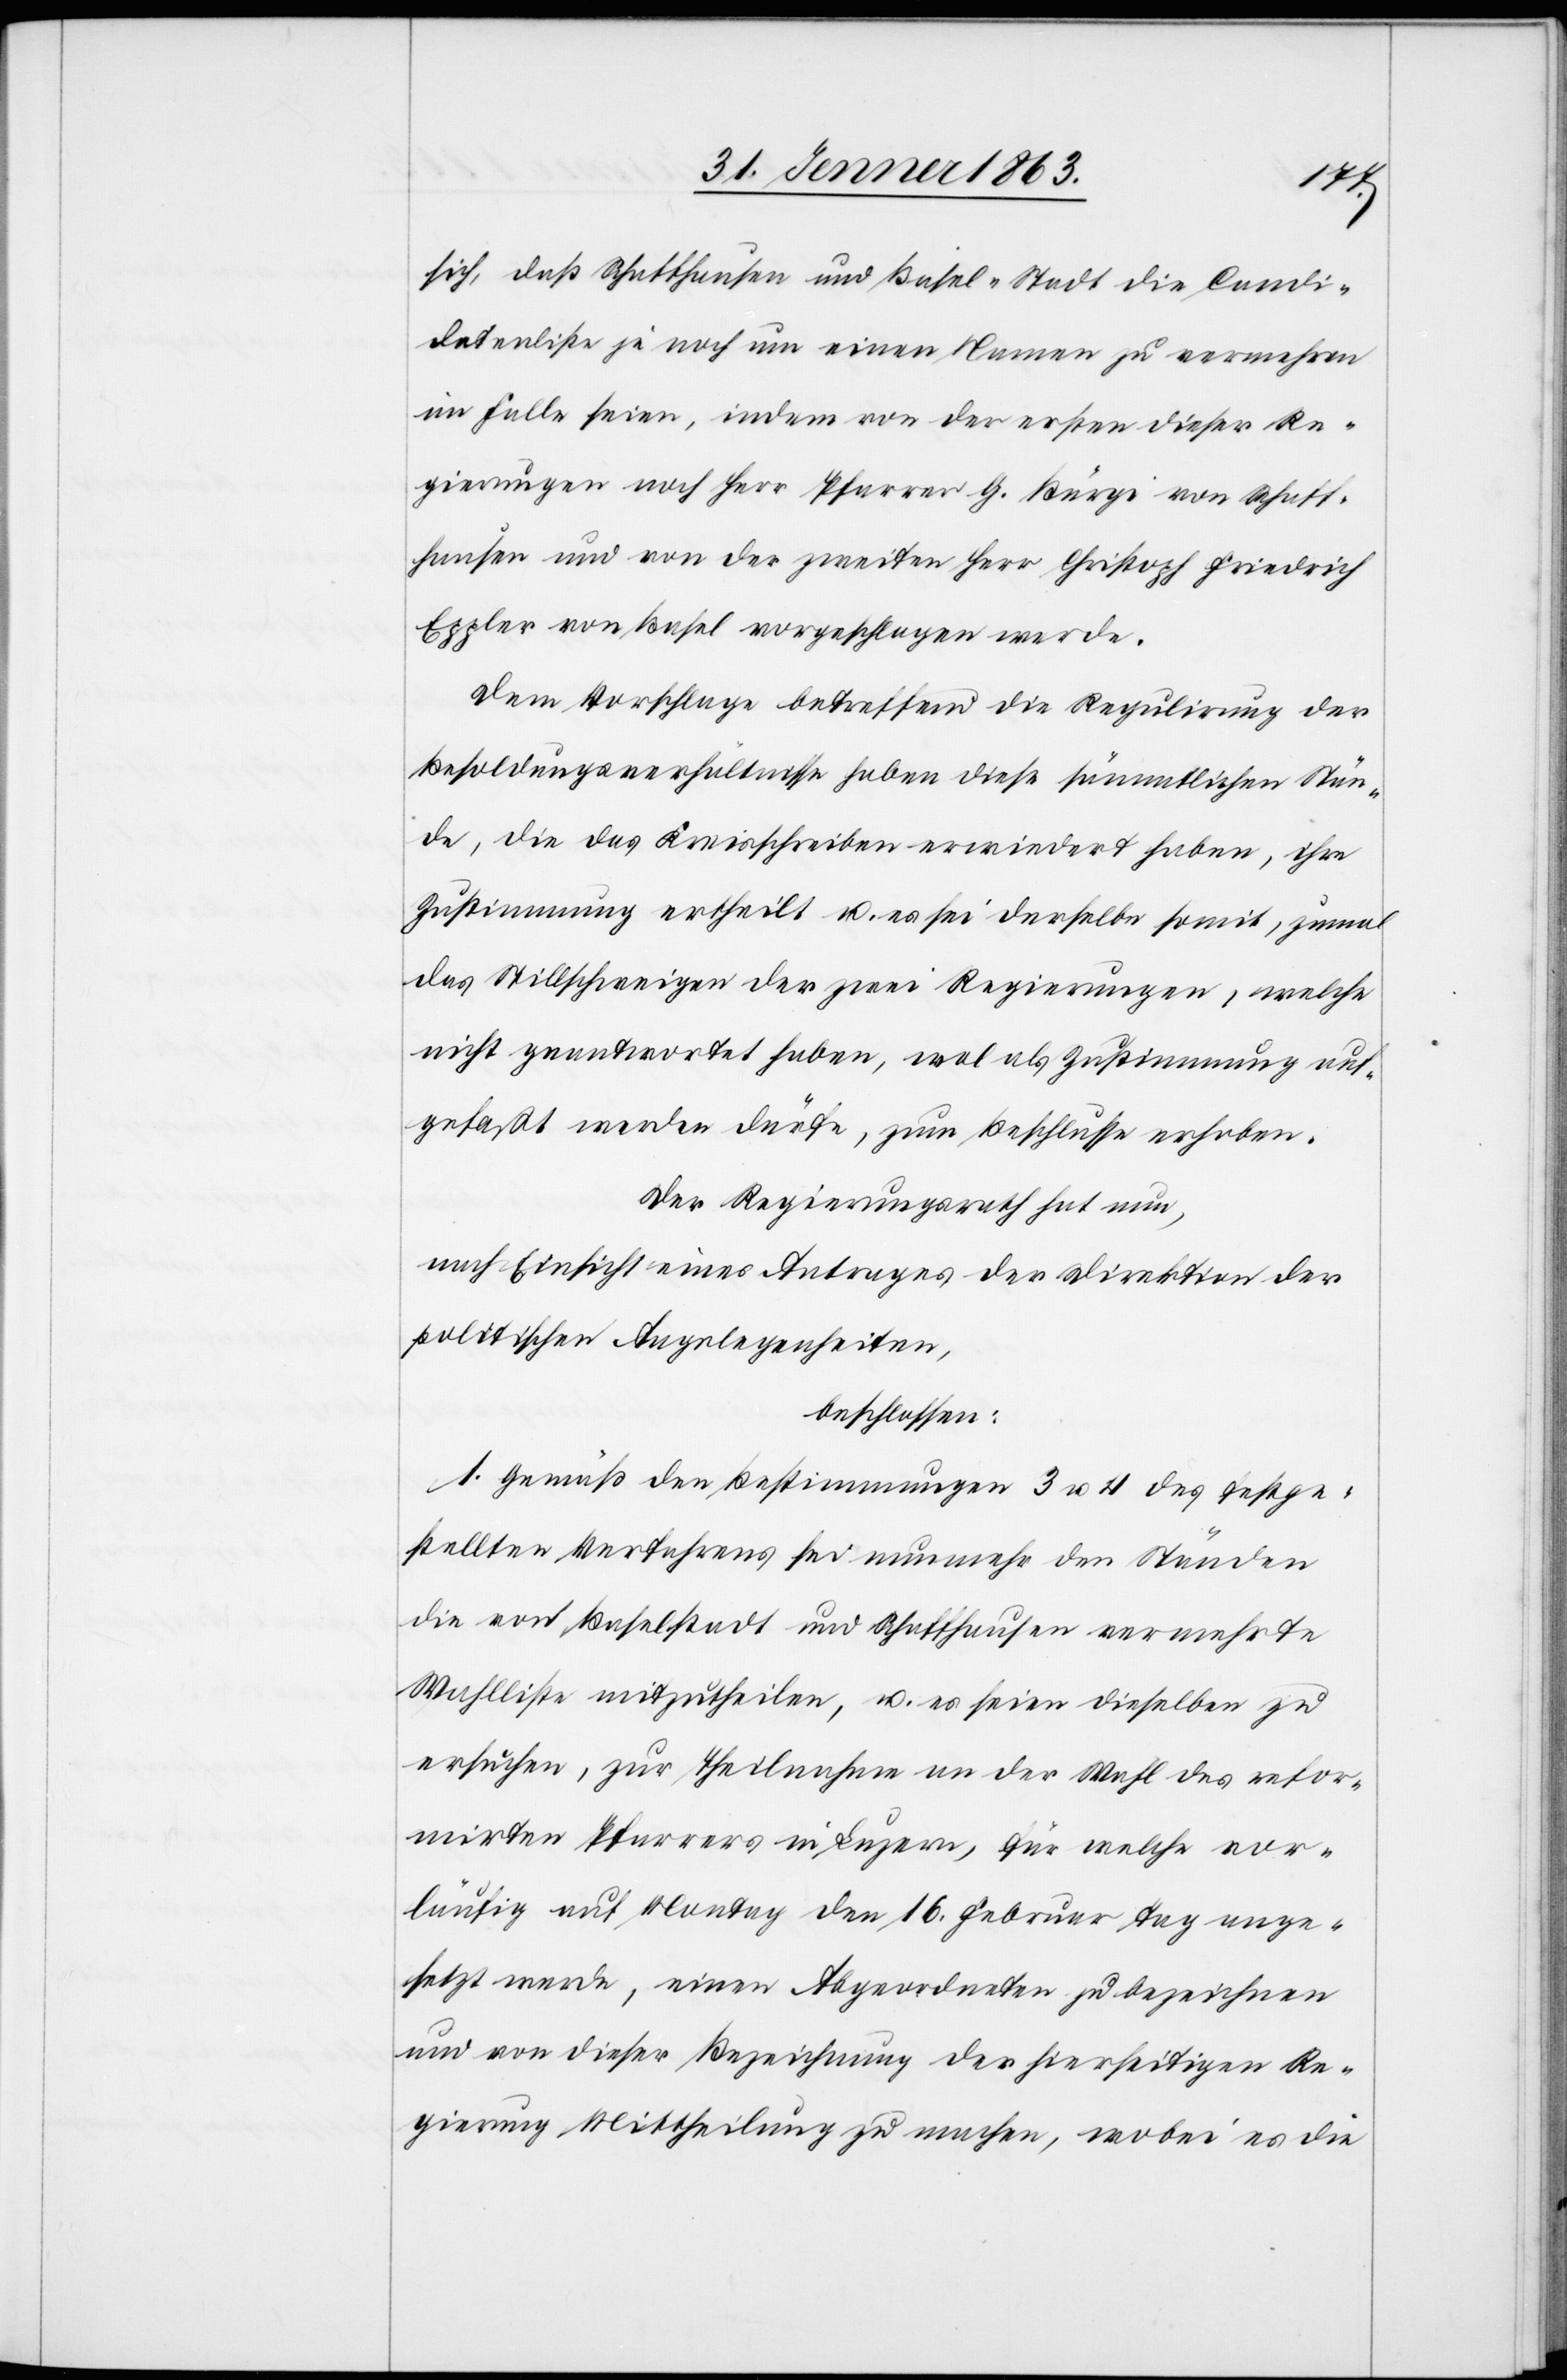
sich, daß Schaffhausen und Basel-Stadt die Candi¬
datenliste je noch um einen Namen zu vermehren
im Falle seien, indem von der ersten dieser Re¬
gierungen noch Herr Pfarrer G. Bürgi von Schaff¬
hausen und von der zweiten Herr Christoph Friedrich
Eppler von Basel vorgeschlagen werde.
Dem Vorschlage betreffend die Regulirung der
Besoldungsverhältnisse haben diese sämmtlichen Stän¬
de, die das Kreisschreiben erwiedert haben, ihre
Zustimmung ertheilt u. es sei derselbe somit, zumal
das Stillschweigen der zwei Regierungen, welche
nicht geantwortet haben, wol als Zustimmung auf¬
gefaßt werden dürfe, zum Beschlusse erhoben.
Der Regierungsrath hat nun,
nach Einsicht eines Antrages der Direktion der
politischen Angelegenheiten,
beschlossen:
1. Gemäß den Bestimmungen 3 u. 4 des festge¬
stellten Verfahrens sei nunmehr den Ständen
die von Baselstadt und Schaffhausen vermehrte
Wahlliste mitzutheilen, u. es seien dieselben zu
ersuchen, zu Theilnahme an der Wahl des refor¬
mirten Pfarrers in Luzern, für welche vor¬
läufig auf Montag den 16. Februar Tag ange¬
setzt werde, einen Abgeordneten zu bezeichnen
und von dieser Bezeichnung der hierseitigen Re¬
gierung Mittheilung zu machen, wobei es die